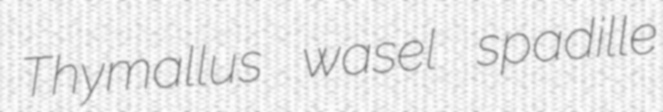
Thymallus wasel spadille